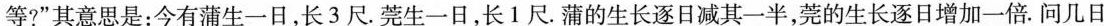
等?”其意思是：今有蒲生一日，长3尺。莞生一日，长1尺。蒲的生长逐日减其一半，莞的生长逐日增加一倍。问几日